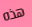
هذه